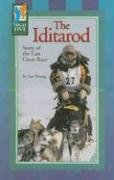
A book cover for The Iditarod: Story of the Last Great Race (High Five Reading - Green); Ian Young; Sports & Outdoors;